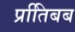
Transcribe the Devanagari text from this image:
प्रतििबब